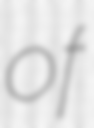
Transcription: of